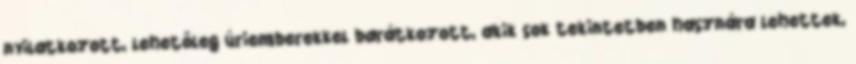
nyilatkozott, lehetőleg úriemberekkel barátkozott, akik sok tekintetben hasznára lehettek,